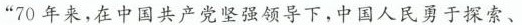
”70年来，在中国共产党坚强领导下，中国人民勇于探索、